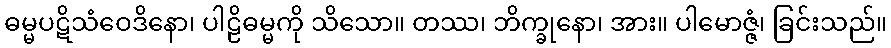
ဓမ္မပဋိသံဝေဒိနော၊ ပါဠိဓမ္မကို သိသော။ တဿ၊ ဘိက္ခုနော၊ အား။ ပါမောဇ္ဇံ၊ ခြင်းသည်။